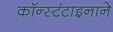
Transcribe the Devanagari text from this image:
कॉन्स्टंटाइनाने